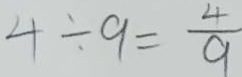
4 \div 9 = \frac { 4 } { 9 }